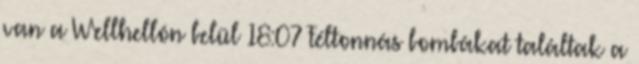
van a Wellhellón belül 18:07 Féltonnás bombákat találtak a